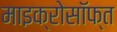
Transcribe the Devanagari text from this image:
माइक्रोसॉफ्त